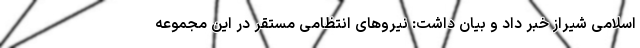
اسلامی شیراز خبر داد و بیان داشت: نیروهای انتظامی مستقر در این مجموعه